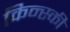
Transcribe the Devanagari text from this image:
किन्स्की